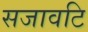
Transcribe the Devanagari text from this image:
सजावटि